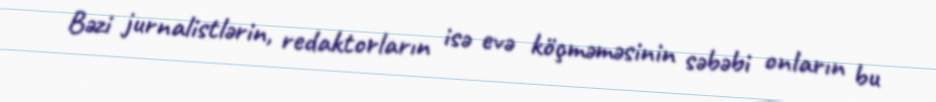
Bəzi jurnalistlərin, redaktorların isə evə köçməməsinin səbəbi onların bu